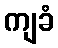
ကျခံ